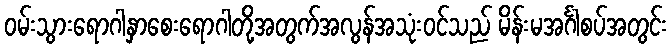
ဝမ်းသွားရောဂါနှာစေးရောဂါတို့အတွက်အလွန်အသုံးဝင်သည် မိန်းမအင်္ဂါစပ်အတွင်း